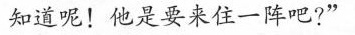
知道呢!他是要来住一阵吧?”